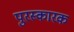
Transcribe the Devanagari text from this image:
पुरस्कारक